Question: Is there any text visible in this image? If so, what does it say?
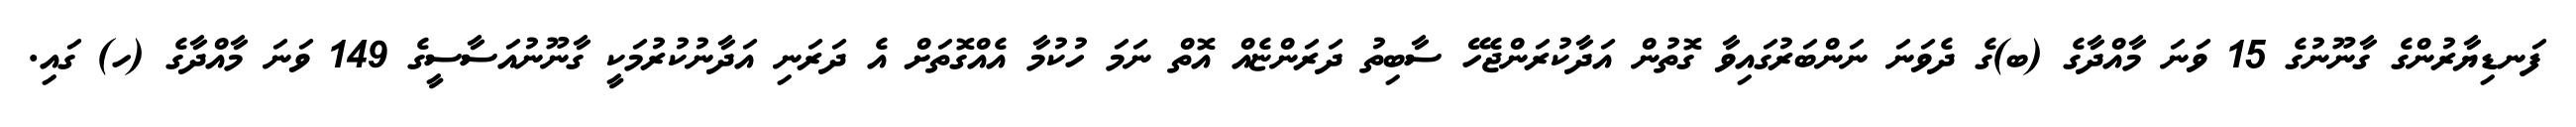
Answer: ފަނޑިޔާރުންގެ ގާނޫނުގެ 15 ވަނަ މާއްދާގެ (ބ)ގެ ދެވަނަ ނަންބަރުގައިވާ ގޮތުން އަދާކުރަންޖެހޭ ސާބިތު ދަރަންޏެއް އޮތް ނަމަ ހުކުމާ އެއްގޮތަށް އެ ދަރަނި އަދާނުކުރުމަކީ ގާނޫނުއަސާސީގެ 149 ވަނަ މާއްދާގެ (ހ) ގައި.